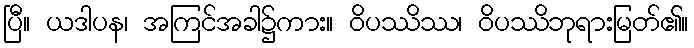
ပြီ။ ယဒါပန၊ အကြင်အခါ၌ကား။ ဝိပဿိဿ၊ ဝိပဿိဘုရားမြတ်၏။